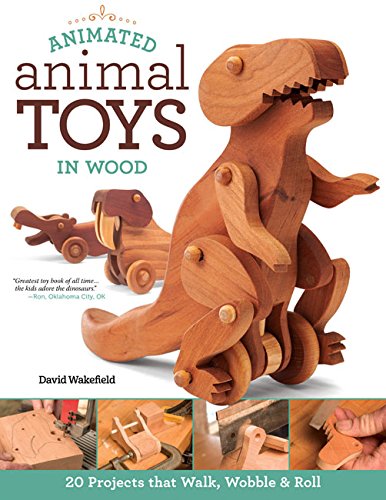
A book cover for Animated Animal Toys in Wood: 20 Projects that Walk, Wobble & Roll; David Wakefield; Crafts, Hobbies & Home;